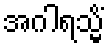
အဂါရသ္မိံ